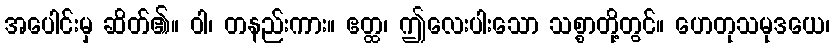
အပေါင်းမှ ဆိတ်၏။ ဝါ၊ တနည်းကား။ ဧတ္ထ၊ ဤလေးပါးသော သစ္စာတို့တွင်။ ဟေတုသမုဒယေ၊